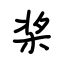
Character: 桨